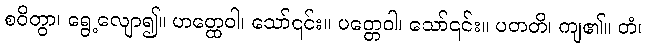
စဝိတွာ၊ ရွေ့လျော၍။ ဟတ္ထေဝါ၊ သော်၎င်း။ ပတ္တေဝါ၊ သော်၎င်း။ ပတတိ၊ ကျ၏။ တံ၊